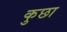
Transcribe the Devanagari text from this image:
कुछा